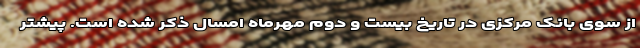
از سوی بانک مرکزی در تاریخ بیست و دوم مهرماه امسال ذکر شده است. پیشتر